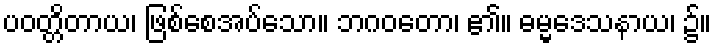
ပဝတ္တိတာယ၊ ဖြစ်စေအပ်သော။ ဘဂဝတော၊ ၏။ ဓမ္မဒေသနာယ၊ ၌။